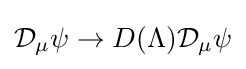
{\mathcal {D}}_{\mu }\psi \rightarrow D(\Lambda ){\mathcal {D}}_{\mu }\psi